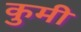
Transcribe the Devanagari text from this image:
कुमी